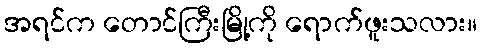
အရင်က တောင်ကြီးမြို့ကို ရောက်ဖူးသလား။